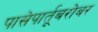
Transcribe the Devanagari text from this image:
पासेपार्तूबरोबर